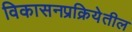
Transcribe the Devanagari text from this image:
विकासनप्रक्रियेतील